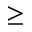
\geq